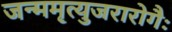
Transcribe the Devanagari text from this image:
जन्ममृत्युजरारोगैः